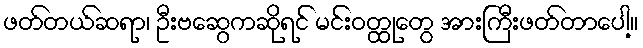
ဖတ်တယ်ဆရာ၊ ဦးဗဆွေကဆိုရင် မင်းဝတ္ထုတွေ အားကြီးဖတ်တာပေါ့။